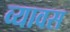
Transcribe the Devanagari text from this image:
व्यावस